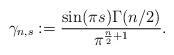
LaTeX: \begin{align*} \gamma_{n,s}:= \frac{\sin(\pi s)\Gamma (n/2)}{\pi^{\frac n 2 +1 }}.\end{align*}